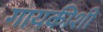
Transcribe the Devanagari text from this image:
गायकीशी